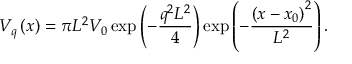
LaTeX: V _ { q } \left( x \right) = \pi L ^ { 2 } V _ { 0 } \exp \left( - \frac { q ^ { 2 } L ^ { 2 } } 4 \right) \exp \left( - \frac { \left( x - x _ { 0 } \right) ^ { 2 } } { L ^ { 2 } } \right) .